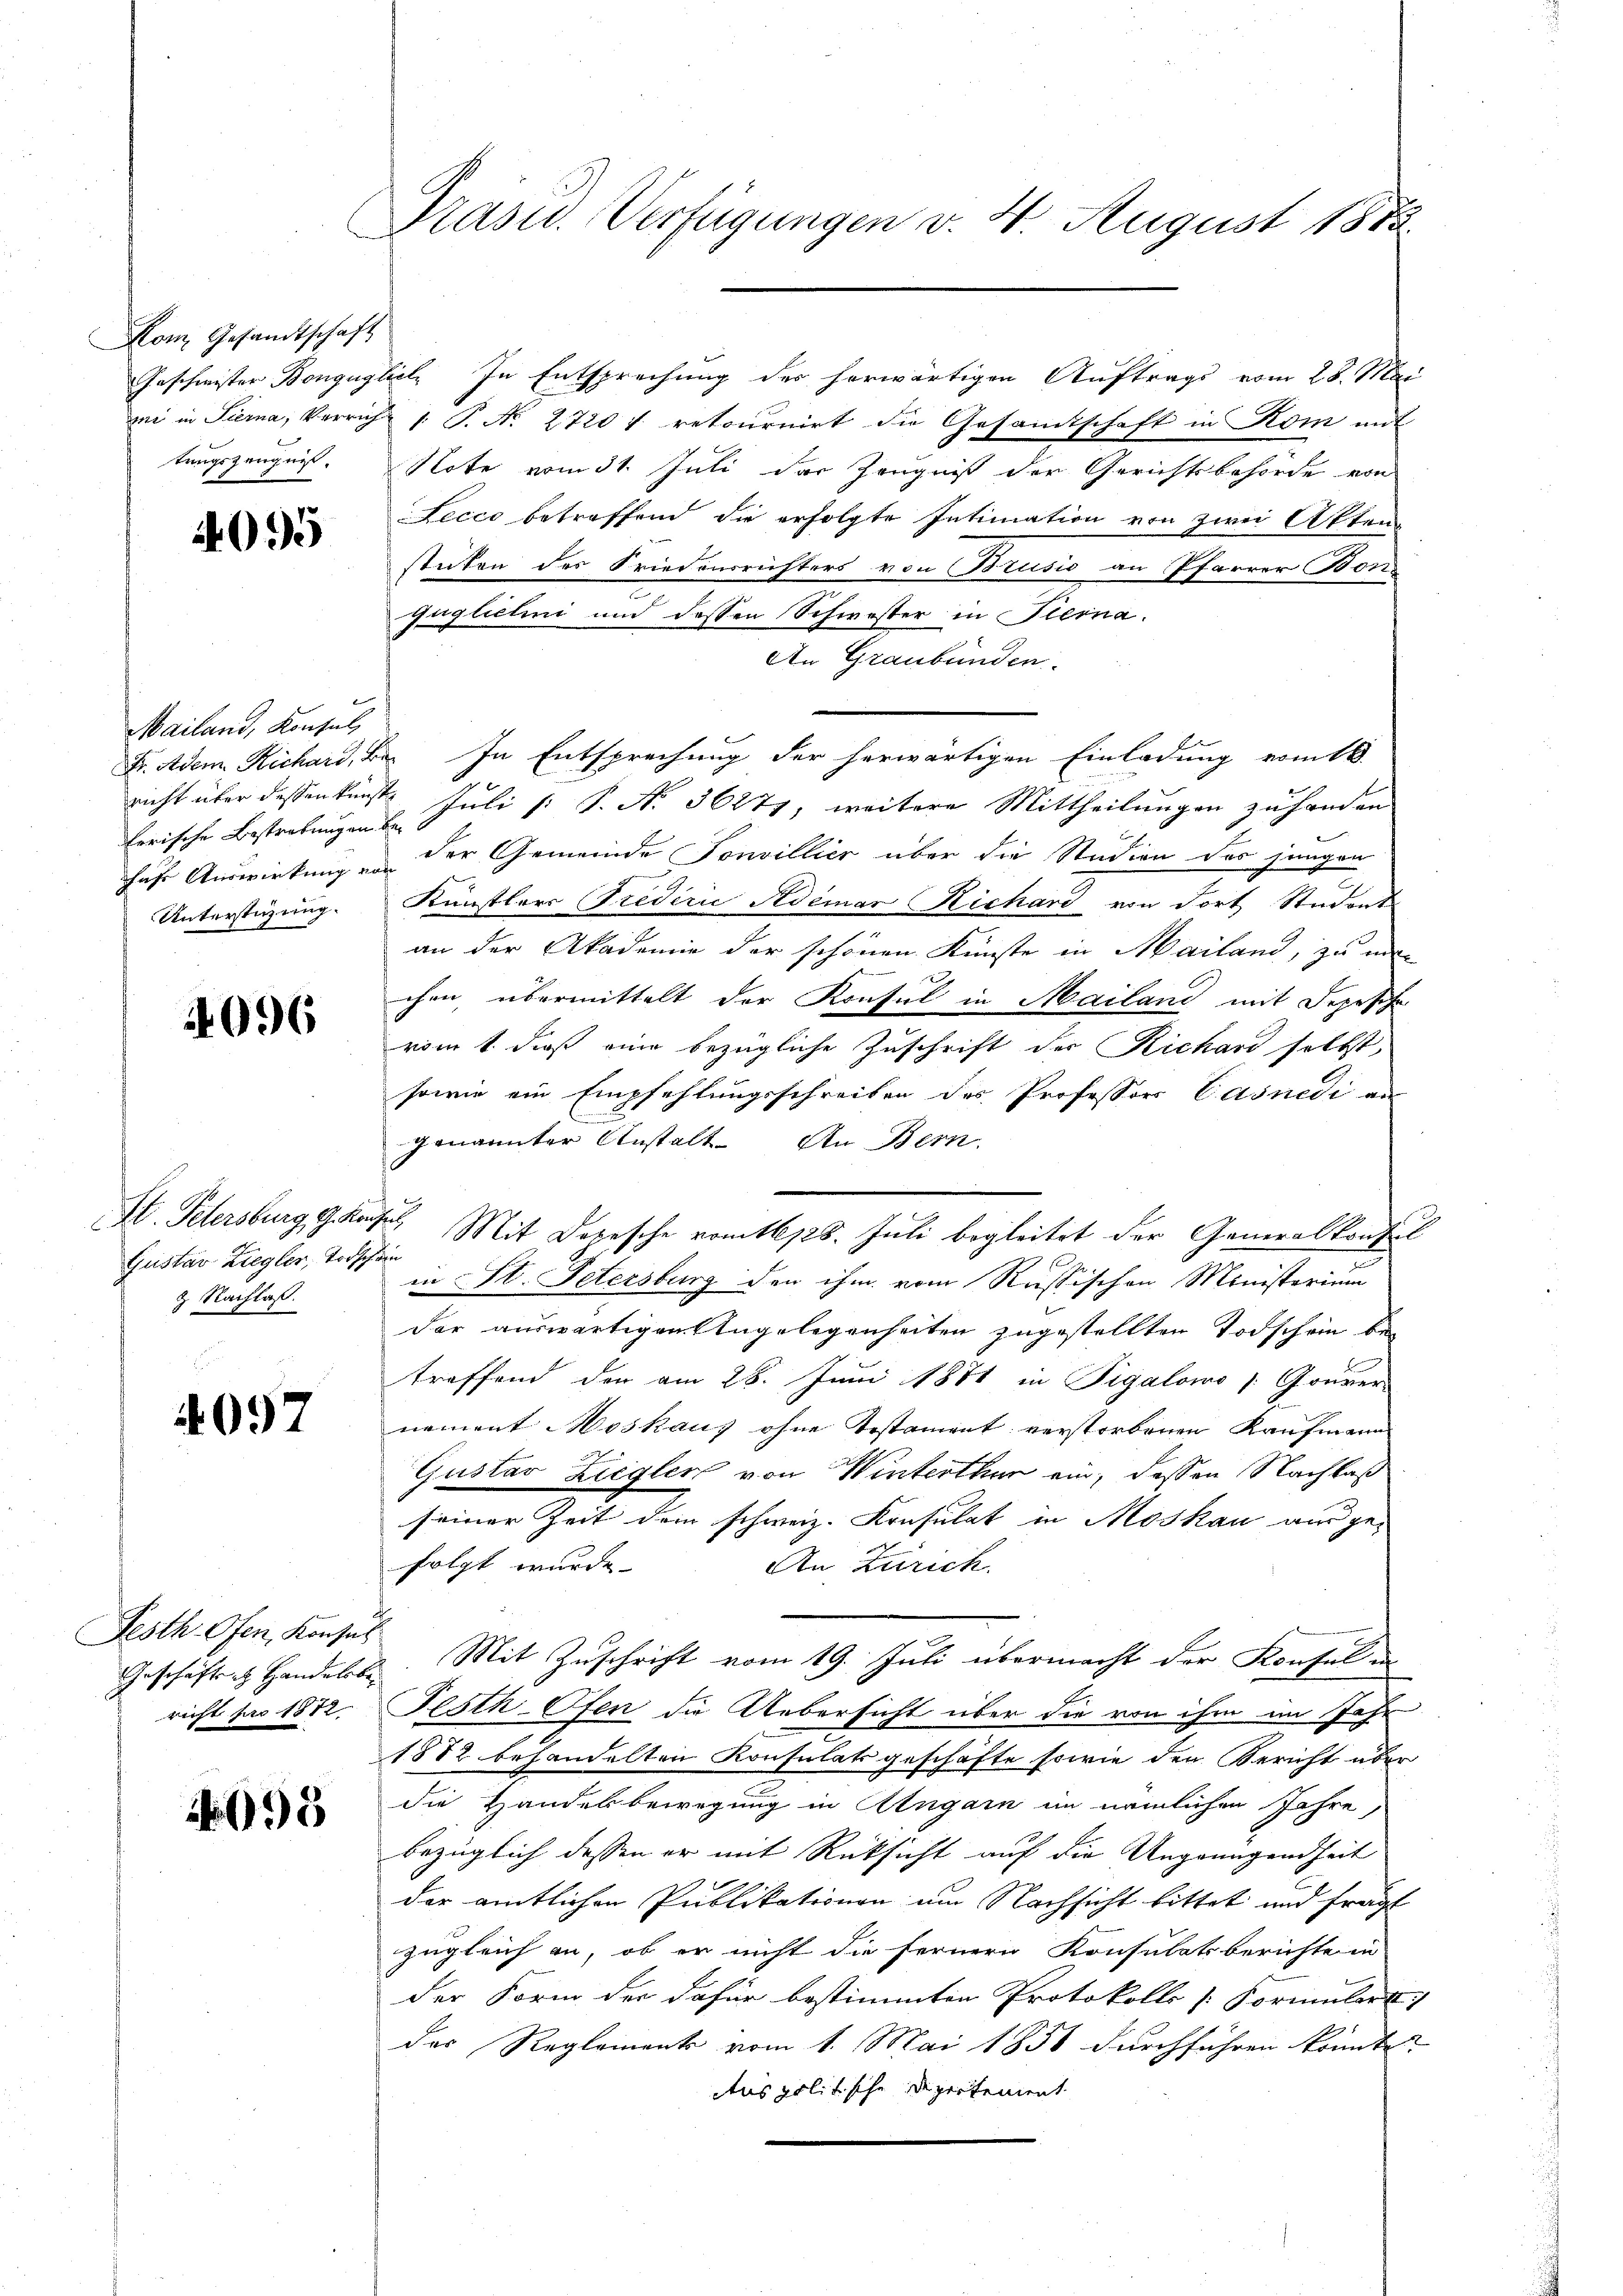
Kom Gesandtschaft

095

Mailand, Konsul
herische Bestrebungen be¬
Unterstüzung.

4096

Gustav Ziegler, Todschein
2 Nachlaß.

4097

Festh Ofen, Konsul
richt pro 1812.

095

Präsid.. Verfügungen v. 4. August 1875

mi in Sierna, Verrich /: P. Nr. 2720 f retournirt die Gesamtschaft in Rom mit
tungszeugnis. Note vom 31. Juli das Zeugniß der Gerichtsbehörde von
Lecco betreffend die erfolgte Intimation von zwei Akten
stuten des Friedensrichters von Brusio an Pfarrer Bonfüglichni und dessen Schwöster in Steina
An Graubünden.
Fr. Adem Richard, Be. In Entsprechung der herwärtigen Einladung vom 18.
nicht über dessenkunst Juli [: P. Nr. 36271, weitere Mittheilungen zu handen
hufe Auswirkung an der Gemeinde Sonvillier über die Studien der jungen
Künstlers Triderić Ademar Richard von dort Student
an der Akademie der schönen Künste in Mailand, zu mi
chen, übermittelt der Konsul in Mailand mit Depesche
vom 1. daß eine bezügliche Zuschrift der Richard selbst,
sowie ein Empfehlungsschreiben des Professors Casnedi an
genannter Anstalt. An Bern.
St. Petersburg Grafe Mit Depesche vom 28. Juli begleitet der Generalkonfel
in St. Petersburg den ihm vom Russischen Ministerium
der auswärtigen Angelegenheiten zugestellten Todschein betreffend den am 28. Juni 1871 in Figalowo  Gouver-
nement Moskauf ohne Testament verstorbenen Kaufmann
Gustav Ziegler von Winterthur ein, dessen Nachlaß
seiner Zeit dem schweiz. Konsulat in Moskau aus gefolgt wurde. |
An Zürich
Geschäftet Handels. Mit Zuschrift vom 19. Juli übermacht der Konsel un
Festh Ofen die Uebersicht über die von ihm im Jahr
1882 behandelten Konsulatsgeschäfte sowie den Bericht über
die Handesbewegung in Angarn im nämlichen Jahre,
bezüglich dessen er mit Rücksicht auf die Ungringendheit
der amtlichen Publikationen um Nachsicht bittet und fragt
zugleich an, ob er nicht die fernern Konsulatsberichte in
der Form der dafür bestimmten Protokolls Formular
das Reglements vom 1. Mai 1858 durchführen könnte?
Aus politische Departement

Geschwister Bonguglich. In Entsprechung des herwärtigen Auftrags vom 28. Mai